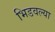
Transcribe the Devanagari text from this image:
भिडवल्या